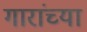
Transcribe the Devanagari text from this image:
गारांच्या